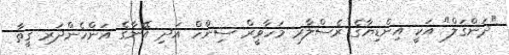
"ދަންގަލް" އަކީ އިންޑިޔާގެ ރެސްލާރ މަހާވީރް ސިންހް އަދި އޭނާގެ އަންހެންދަރި ގީތާ